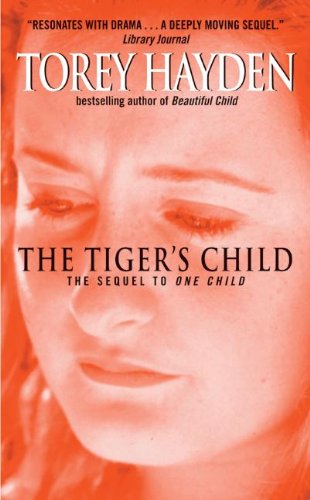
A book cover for The Tiger's Child (Turtleback School & Library Binding Edition); Torey Hayden; Teen & Young Adult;